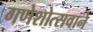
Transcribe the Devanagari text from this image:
गणेशोत्सवाने